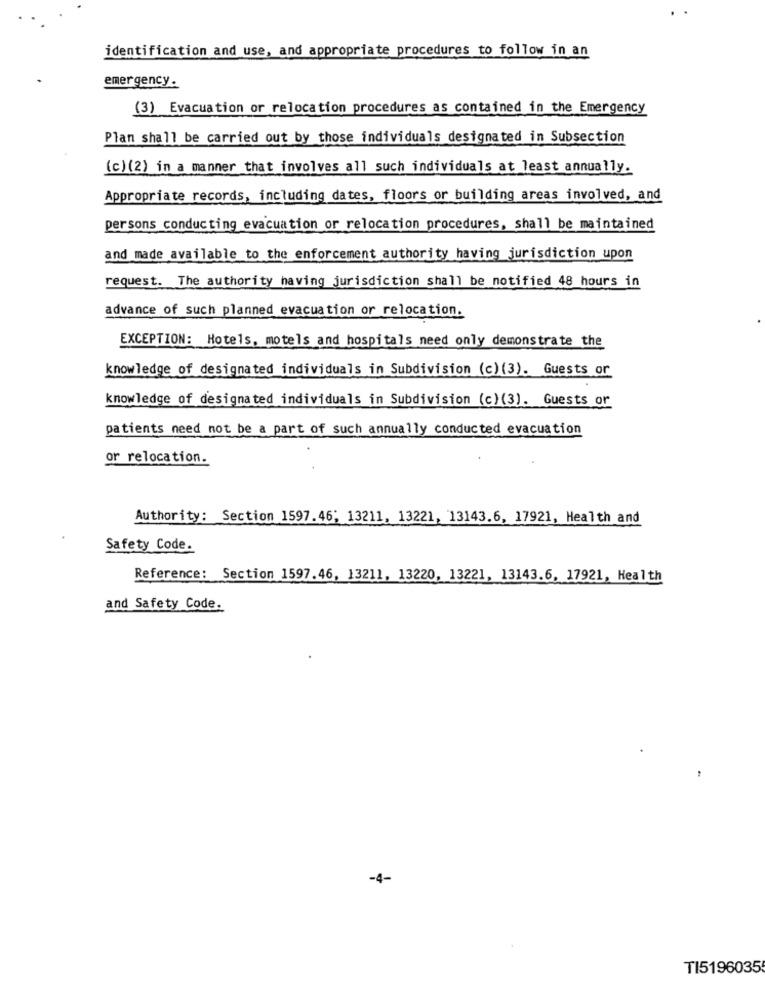
identification and use, and appropriate procedures to follow in an
emergency .
(3) Evacuation or relocation procedures as contained in the Emergency
Plan shall be carried out by those individuals designated in Subsection
(c)(2) in a manner that involves all such individuals at least annually.
Appropriate records, including dates, floors or building areas involved, and
persons conducting evacuation or relocation procedures, shall be maintained
and made available to the enforcement authority having jurisdiction upon
request. The authority having jurisdiction shall be notified 48 hours in
advance of such planned evacuation or relocation.
EXCEPTION: Hotels, motels and hospitals need only demonstrate the
knowledge of designated individuals in Subdivision (c) (3). Guests or
knowledge of designated individuals in Subdivision (c) (3). Guests or
patients need not be a part of such annually conducted evacuation
or relocation.
Authority: Section 1597.46; 13211, 13221, 13143.6, 17921, Health and
Safety Code.
Reference: Section 1597.46, 13211, 13220, 13221, 13143.6, 17921, Health
and Safety Code.
-4-
TI5196035